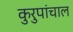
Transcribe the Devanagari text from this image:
कुरुपांचाल